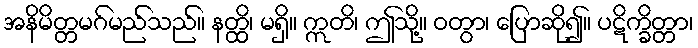
အနိမိတ္တမဂ်မည်သည်။ နတ္ထိ၊ မရှိ။ ဣတိ၊ ဤသို့။ ဝတွာ၊ ပြောဆို၍။ ပဋိက္ခိတ္တာ၊